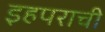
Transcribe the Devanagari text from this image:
इहपराची